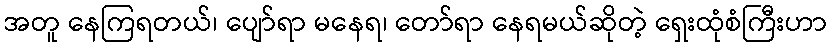
အတူ နေကြရတယ်၊ ပျော်ရာ မနေရ၊ တော်ရာ နေရမယ်ဆိုတဲ့ ရှေးထုံစံကြီးဟာ